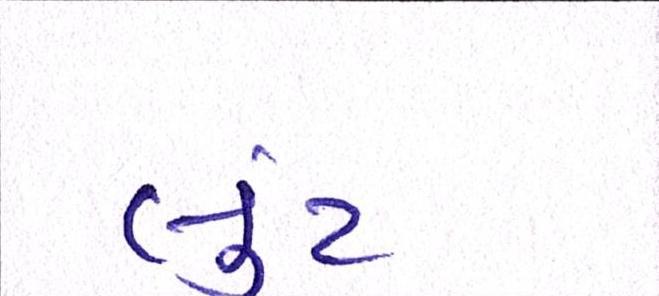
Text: લુંટ